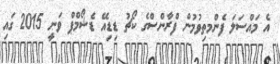
އެ މައްސަލަ ފެންމތިވުމުން ފްރާންސްގެ ކޯޗު ޑިޑިއޭ ޑެޝޯމްޕް ވަނީ 2015 ގައި